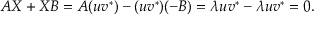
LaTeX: A X + X B = A ( u v ^ { * } ) - ( u v ^ { * } ) ( - B ) = \lambda u v ^ { * } - \lambda u v ^ { * } = 0 .